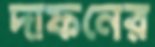
দাফনের